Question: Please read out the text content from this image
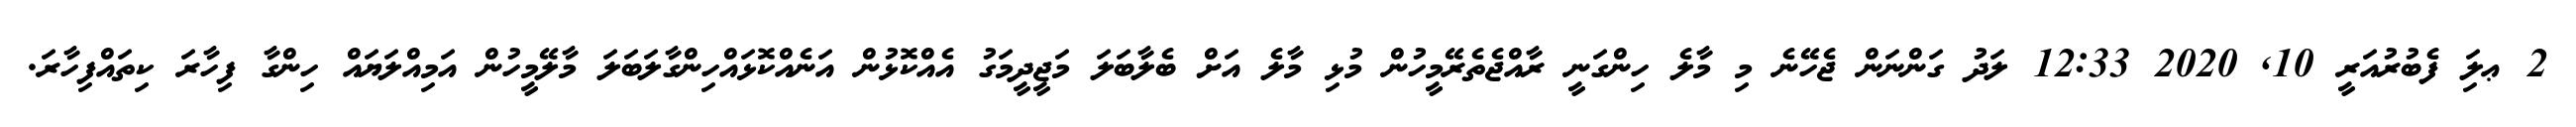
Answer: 2 ޢލަި ފެބުރުއަރީ 10, 2020 12:33 ލަދު ގަންނަން ޖެހޭނެ މި މާލެ ހިންގަނީ ރާއްޖެތެރޭމީހުން މުޅި މާލެ އަށް ބެލާބަލަ މަޖީދީމަގު އެއްކޮޅުން އަނެއްކޮޅައްހިންގާލަބަލަ މާލޭމީހުން އަމިއްލަޔައް ހިންގާ ފިހާރަ ކިތައްފިހާރަ.